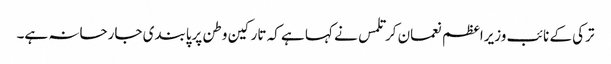
ترکی کے نائب وزیراعظم نعمان کرتلمس نے کہا ہے کہ تارکین وطن پرپابندی جارحانہ ہے۔